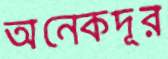
অনেকদূর